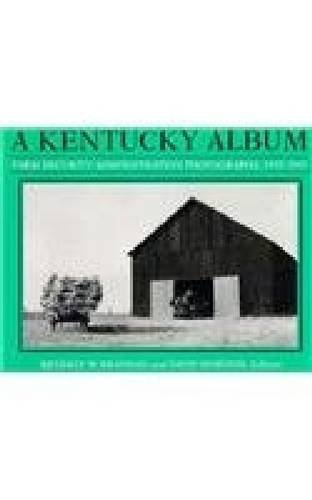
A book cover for A Kentucky Album: Farm Security Administration Photographs, 1935-1943; Travel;